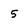
Character: 5